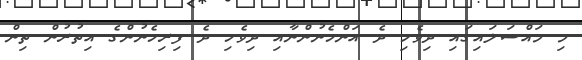
މި މައްސަލައިގައި ދިވެހި ދެ އަންހެނުންނާއި ދިވެހި ދެ ފިރިހެނުންގެ އިތުރުން ތިން